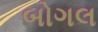
બોગલ